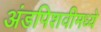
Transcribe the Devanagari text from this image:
अंडपिशवीमध्ये